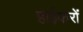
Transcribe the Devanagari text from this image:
हाईकरों